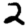
Digit: 2